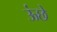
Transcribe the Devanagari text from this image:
ऊंछे